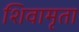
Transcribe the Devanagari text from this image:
शिवामृता